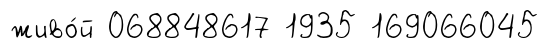
живо́й 068848617 1935 169066045